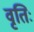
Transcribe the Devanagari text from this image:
वृतिः